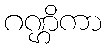
ဂဏ္ဌိကာ